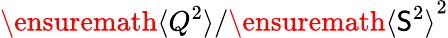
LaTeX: \ensuremath{\langle Q^{2}\rangle}/\ensuremath{\langle\mathsf{S}^{2}\rangle}^{2}